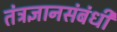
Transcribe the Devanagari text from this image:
तंत्रज्ञानसंबंधी